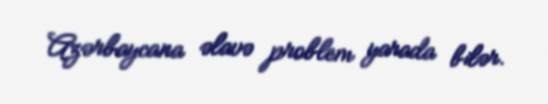
Azərbaycana əlavə problem yarada bilər.